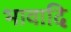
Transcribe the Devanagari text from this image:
भावादि